Language: tamil
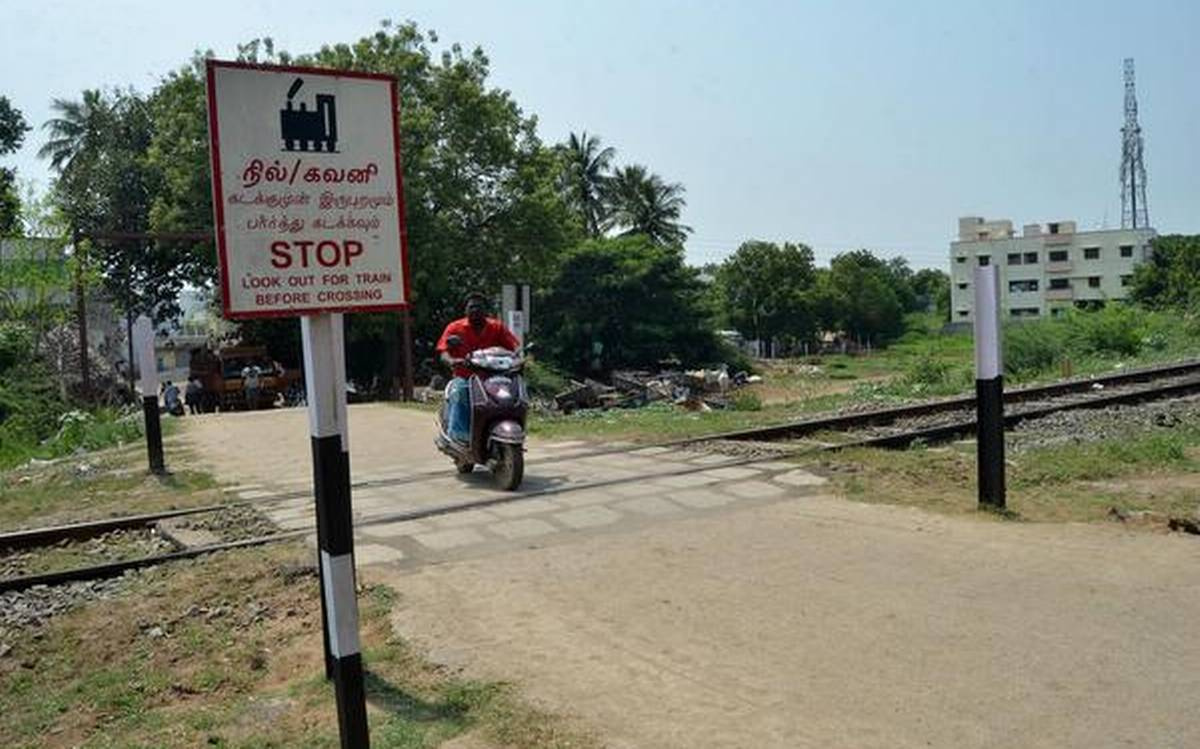
Transcription: கலனீ நில்